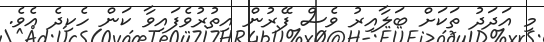
މި އަދަދު ތަކަށް ބަލާއިރު ވެސް ފޭރުން އިތުރުވެފައިވާ ކަން ހެކިދެ އެވެ.